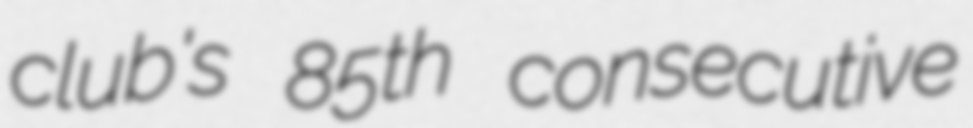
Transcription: club's 85th consecutive